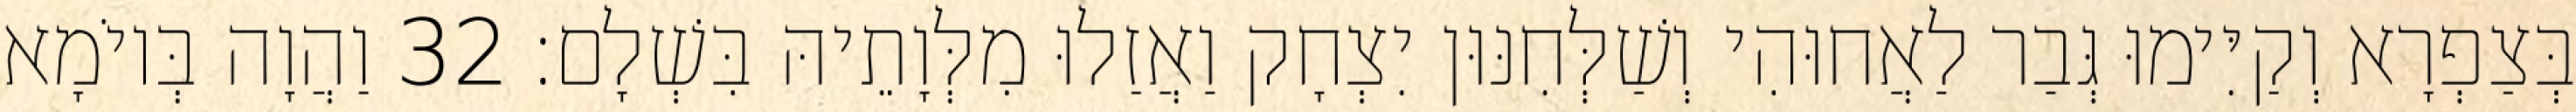
בְּצַפְרָא וְקַיִּימוּ גְּבַר לַאֲחוּהִי וְשַׁלְּחִנּוּן יִצְחָק וַאֲזַלוּ מִלְּוָתֵיהּ בִּשְׁלָם׃ 32 וַהֲוָה בְּיוֹמָא